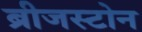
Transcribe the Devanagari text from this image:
ब्रीजस्टोन